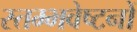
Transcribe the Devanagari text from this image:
स्तम्भवेष्टनों